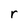
Character: r